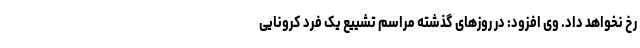
رخ نخواهد داد. وی افزود: در روزهای گذشته مراسم تشییع یک فرد کرونایی